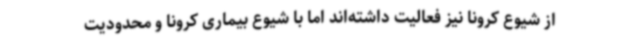
از شیوع کرونا نیز فعالیت داشته‌اند اما با شیوع بیماری کرونا و محدودیت